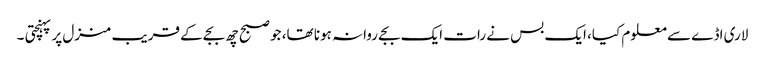
لاری اڈے سے معلوم کیا، ایک بس نے رات ایک بجے روانہ ہونا تھا، جو صبح چھ بجے کے قریب منزل پر پہنچتی ۔